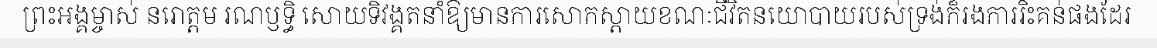
ព្រះអង្គម្ចាស់ នរោត្តម រណឫទ្ធិ សោយទិវង្គតនាំឱ្យមានការសោកស្តាយខណៈជីវិតនយោបាយរបស់ទ្រង់ក៏រងការរិះគន់ផងដែរ